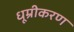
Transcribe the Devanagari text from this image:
धूम्रीकरण